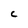
Character: C